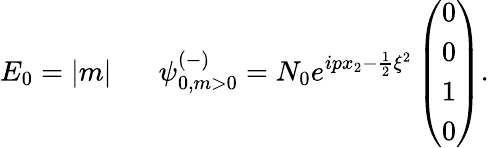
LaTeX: E_{0}=|m|\; \; \; \; \; \; {\psi}_{0,m>0}^{(-)}=N_{0}e^{ipx_{2}-\frac{1}{2}\xi^{2}}\left(\begin{array}{c}{{0}}\\ {{0}}\\ {{1}}\\ {{0}}\end{array}\right).